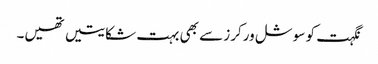
نگہت کو سوشل ورکرز سے بھی بہت شکایتیں تھیں۔